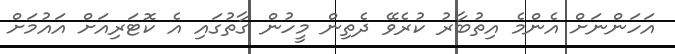
އަހަންނަށް އެންމެ އިތުބާރު ކުރެވޭ ދެތިން މީހުން ގާތުގައި އެ ކޮޓަރިއަށް އައުމަށް